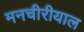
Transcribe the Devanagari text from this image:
मनचीरीयाल